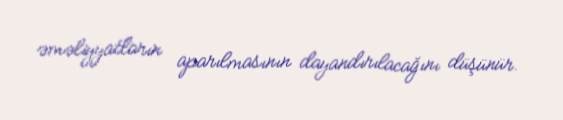
əməliyyatların aparılmasının dayandırılacağını düşünür.